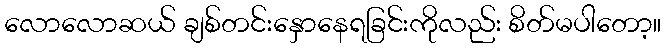
လောလောဆယ် ချစ်တင်းနှောနေရခြင်းကိုလည်း စိတ်မပါတော့။